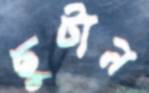
ছুটান